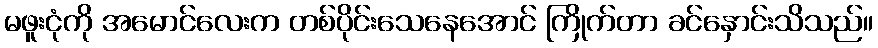
မဖူးငုံကို အမောင်လေးက တစ်ပိုင်းသေနေအောင် ကြိုက်တာ ခင်နှောင်းသိသည်။